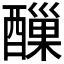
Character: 𨢪